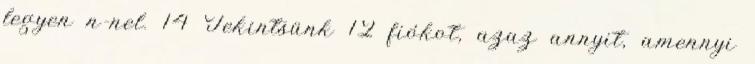
legyen n-nel. 14 Tekintsünk 12 fiókot, azaz annyit, amennyi